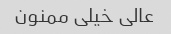
عالی خیلی ممنون